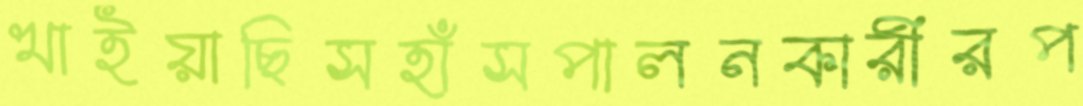
খাইয়াছিসহাঁসপালনকারীরপ